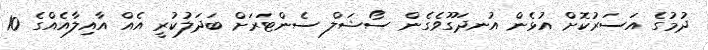
ދުމުގެ އަސަރުކޮށް އުޅެން އުނދަގޫވެގެން ސޯޝަލް ސެންޓަރަށް ބަދަލުކުރީ އެއް އާއިލާއެއްގެ 10